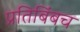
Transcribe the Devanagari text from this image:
प्रतिबिंबच